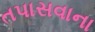
તપાસવાના